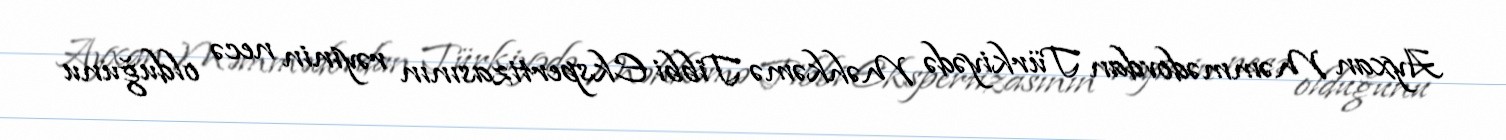
Ayxan Məmmədovdan Türkiyədə Məhkəmə Tibbi Ekspertizasının rəyinin necə olduğunu